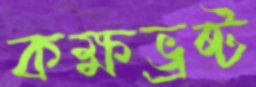
কক্ষভ্রষ্ট